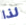
لذا